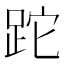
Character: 跎